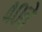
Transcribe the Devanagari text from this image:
४०ते